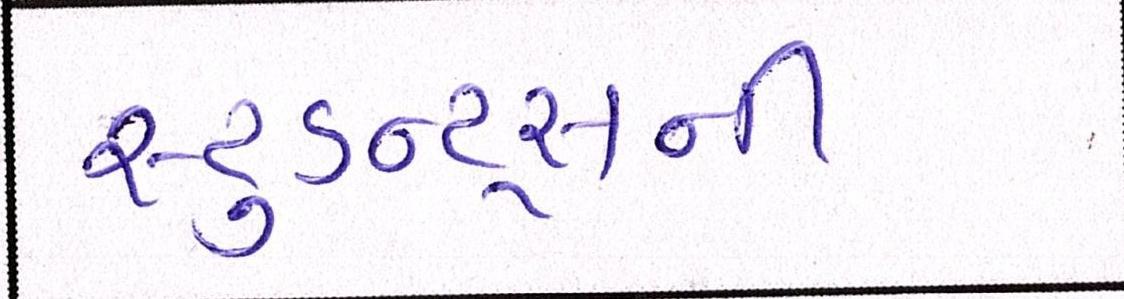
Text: સ્ટુડન્ટ્સની